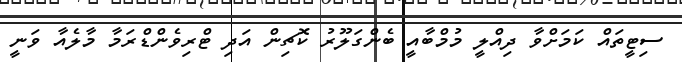
ސިޓީތައް ކަމަށްވާ ދިއްލީ މުމްބާއީ ބެންގަލޫރު ކޮޗިން އަދި ޓްރިވެންޑްރަމާ މާލެއާ ވަނީ